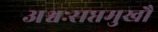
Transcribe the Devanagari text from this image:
अश्वःसप्तमुखौ